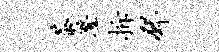
茶澄拆邳